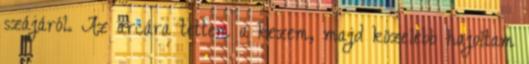
szájáról. Az arcára tettem a kezem, majd közelebb hajoltam